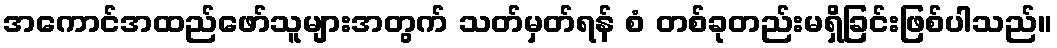
အကောင်အထည်ဖော်သူများအတွက် သတ်မှတ်ရန် စံ တစ်ခုတည်းမရှိခြင်းဖြစ်ပါသည်။